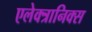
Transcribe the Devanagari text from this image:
एलेक्त्रानिक्स